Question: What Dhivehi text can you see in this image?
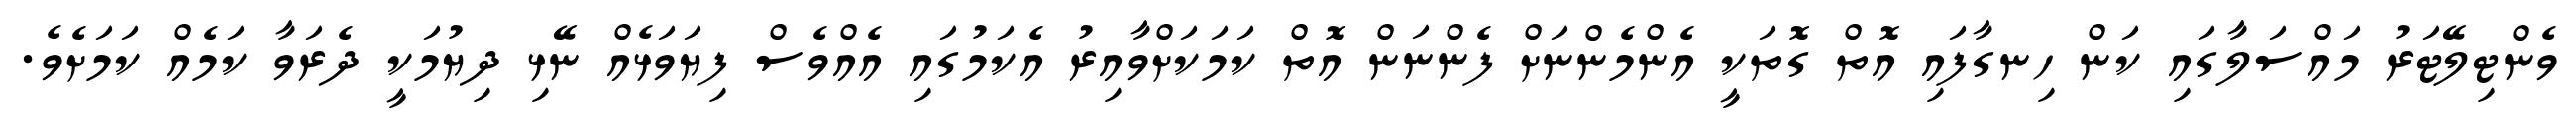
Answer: ވެންޓިލޭޓަރު މައްސަލާގައި ކަން ހިނގާފައި އޮތް ގޮތަކީ އެންމެންނަށް ފެންނަން އޮތް ކަމަކަށްވާއިރު އެކަމުގައި އެއްވެސް ފިޔަވަޅެއް ނޭޅި ދިޔުމަކީ ދެރަވާ ކަމެއް ކަމަށެވެ.